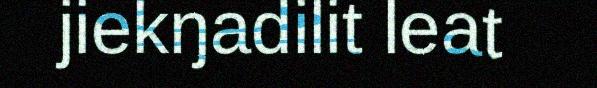
jiekŋadilit leat